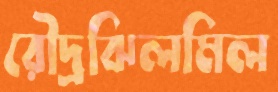
রৌদ্রঝিলমিল